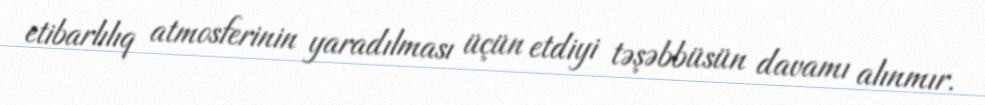
etibarlılıq atmosferinin yaradılması üçün etdiyi təşəbbüsün davamı alınmır.